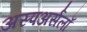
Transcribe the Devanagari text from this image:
अस्पअर्सलाँ